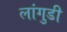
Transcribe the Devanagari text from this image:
लांगुडी